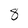
Character: 8